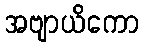
အဗျာယိကော